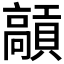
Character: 𩫢